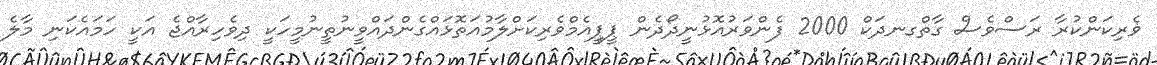
ޥެރިކަންކުރާ ރަސްވެސް ގާތްގނދަކް 2000 ފެންވަރުއޮޅުނީދޯދެން ޕީޕީއެމްވެރިކަށްލާމުއަތޮޅައްގެންދައްވީނުތީނުމީހަކީ ދިވެހިރާއްޖެ އަކީ ހަމައެކަނި މާލެ